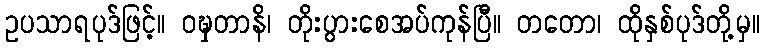
ဥပသာရပုဒ်ဖြင့်။ ဝဍ္ဎှတာနိ၊ တိုးပွားစေအပ်ကုန်ပြီ။ တတော၊ ထိုနှစ်ပုဒ်တို့မှ။